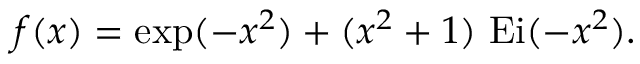
\begin{array} { r } { f ( x ) = \exp ( - x ^ { 2 } ) + ( x ^ { 2 } + 1 ) ~ \mathrm { E i } ( - x ^ { 2 } ) . } \end{array}